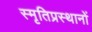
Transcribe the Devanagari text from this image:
स्मृतिप्रस्थानों